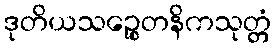
ဒုတိယသဉ္စေတနိကသုတ္တံ